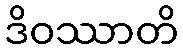
ဒိဝဿာတိ